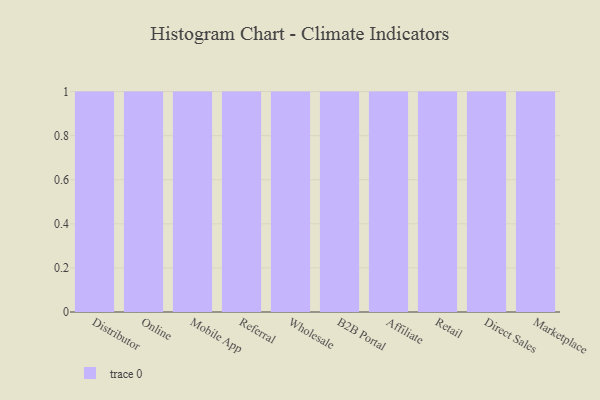
{"axis": {"x": "Channel", "y": "Bounce Rate (%)"}, "legend": [""], "data": [{"x": "Distributor", "y": 28, "type": ""}, {"x": "Online", "y": 4, "type": ""}, {"x": "Mobile App", "y": 78, "type": ""}, {"x": "Referral", "y": 73, "type": ""}, {"x": "Wholesale", "y": 72, "type": ""}, {"x": "B2B Portal", "y": 62, "type": ""}, {"x": "Affiliate", "y": 41, "type": ""}, {"x": "Retail", "y": 29, "type": ""}, {"x": "Direct Sales", "y": 90, "type": ""}, {"x": "Marketplace", "y": 67, "type": ""}]}